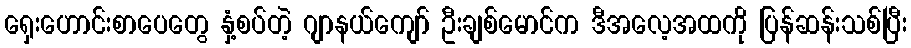
ရှေးဟောင်းစာပေတွေ နှံ့စပ်တဲ့ ဂျာနယ်ကျော် ဦးချစ်မောင်က ဒီအလေ့အထကို ပြန်ဆန်းသစ်ပြီး